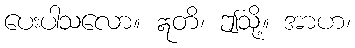
ပေးပါသလော။ ဣတိ၊ ဤသို့။ အာဟ၊